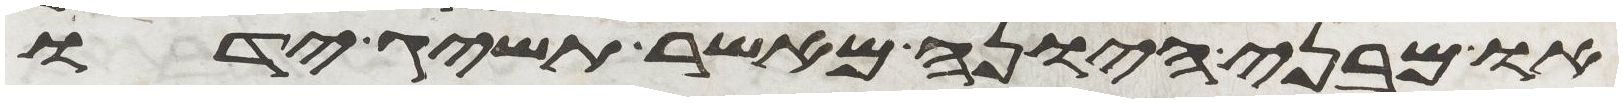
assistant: או מבני היונה מאשר תשיג ידו